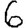
Digit: 6